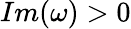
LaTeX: Im(\omega)>0